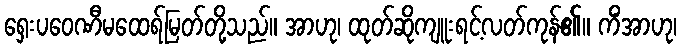
ရှေးပဝေဏီမထေရ်မြတ်တို့သည်။ အာဟု၊ ထုတ်ဆိုကျူးရင့်လတ်ကုန်၏။ ကိံအာဟု၊